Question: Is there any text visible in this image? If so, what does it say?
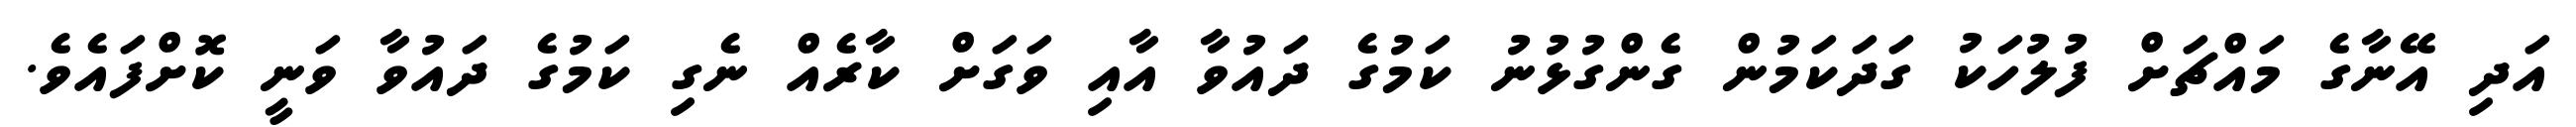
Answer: އަދި އޭނާގެ މައްޗަށް ފުލުހަކު ގަދަކަމުން ގެންގުޅުނު ކަމުގެ ދައުވާ އާއި ވަގަށް ކާރެއް ނެގި ކަމުގެ ދައުވާ ވަނީ ކޮށްފައެވެ.